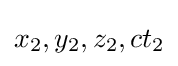
x_{2},y_{2},z_{2},ct_{2}